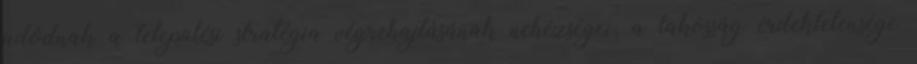
adódnak a települési stratégia végrehajtásának nehézségei, a lakosság érdektelensége